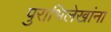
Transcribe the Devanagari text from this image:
पुराभिलेखांना